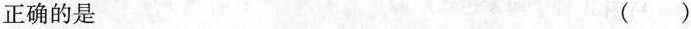
正确的是 ()